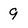
Character: 9